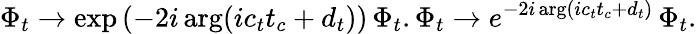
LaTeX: \Phi_{t}\rightarrow\exp\left(-2i\arg(ic_{t}t_{c}+d_{t})\right)\, \Phi_{t}.\Phi_{t}\rightarrow e^{-2i\arg(ic_{t}t_{c}+d_{t})}\, \Phi_{t}.